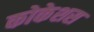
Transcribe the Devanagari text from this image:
कोकेशस